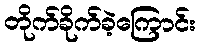
တိုက်ခိုက်ခဲ့ကြောင်း